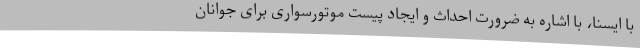
با ایسنا، با اشاره به ضرورت احداث و ایجاد پیست موتورسواری برای جوانان